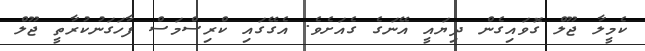
ކެމީލާ ޖޫލް ގޮވައިގެން ދިޔައީ އޭނަގެ ގެއަށެވެ. އެގޭގައި ކްރިސްމަސް ފާހަގަނުކުރާތީ ޖޫލް